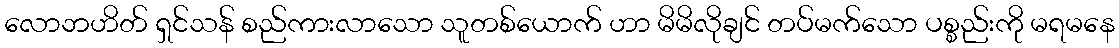
လောဘဟိတ် ရှင်သန် စည်ကားလာသော သူတစ်ယောက် ဟာ မိမိလိုချင် တပ်မက်သော ပစ္စည်းကို မရမနေ